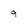
Character: 9